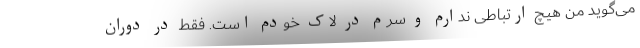
می‌گوید من هیچ ارتباطی ندارم و سرم در لاک خودم است. فقط در دوران